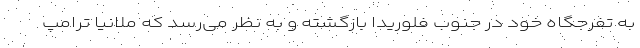
به تفرجگاه خود در جنوب فلوریدا بازگشته و به نظر می‌رسد که ملانیا ترامپ